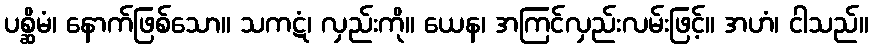
ပစ္ဆိမံ၊ နောက်ဖြစ်သော။ သကဋံ၊ လှည်းကို။ ယေန၊ အကြင်လှည်းလမ်းဖြင့်။ အဟံ၊ ငါသည်။